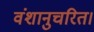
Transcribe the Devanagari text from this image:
वंशानुचरित।